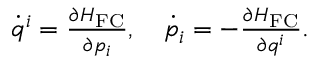
\begin{array} { r } { \begin{array} { r } { \dot { q } ^ { i } = \frac { \partial H _ { \mathrm { F C } } } { \partial p _ { i } } , \quad \dot { p } _ { i } = - \frac { \partial H _ { \mathrm { F C } } } { \partial q ^ { i } } . } \end{array} } \end{array}